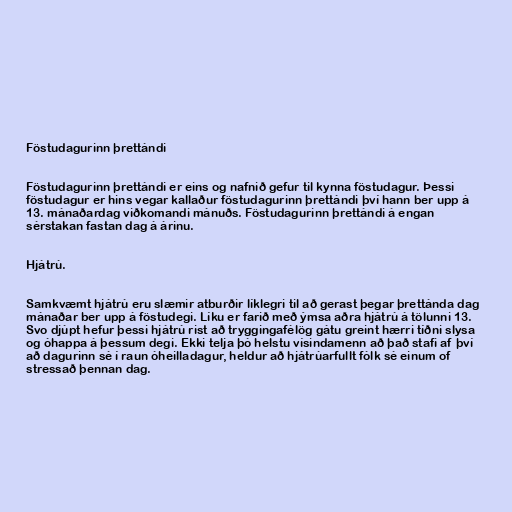
Föstudagurinn þrettándi

Föstudagurinn þrettándi er eins og nafnið gefur til kynna föstudagur. Þessi
föstudagur er hins vegar kallaður föstudagurinn þrettándi því hann ber upp á
13. mánaðardag viðkomandi mánuðs. Föstudagurinn þrettándi á engan
sérstakan fastan dag á árinu.

Hjátrú.

Samkvæmt hjátrú eru slæmir atburðir líklegri til að gerast þegar þrettánda dag
mánaðar ber upp á föstudegi. Líku er farið með ýmsa aðra hjátrú á tölunni 13.
Svo djúpt hefur þessi hjátrú rist að tryggingafélög gátu greint hærri tíðni slysa
og óhappa á þessum degi. Ekki telja þó helstu vísindamenn að það stafi af því
að dagurinn sé í raun óheilladagur, heldur að hjátrúarfullt fólk sé einum of
stressað þennan dag.